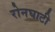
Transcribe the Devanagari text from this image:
रोनघाटी